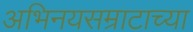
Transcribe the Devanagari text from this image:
अभिनयसम्राटाच्या